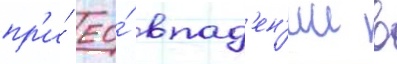
пр'и́ ео́ впад'ен'ии в